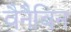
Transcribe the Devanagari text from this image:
वैनैबिन